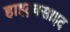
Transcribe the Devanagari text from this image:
हाइद्रक्साइद